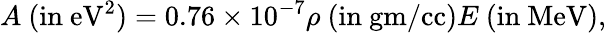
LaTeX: A~(\mathrm{in~eV}^{2})=0.76\times 10^{-7}\rho~(\mathrm{in~gm/cc})E~(\mathrm{in~MeV}),